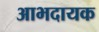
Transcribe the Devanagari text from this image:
आभदायक